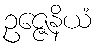
ဥဇ္ဇေနိယံ